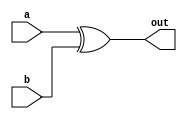
module XORgate (a, b, out);
  input a, b;
  output out;

  xor x1(out, a, b);

  specify
    specparam noninvrise = 1, noninvfall = 2;
    specparam invertrise = 3, invertfall = 4;
    if  (a) (b   => out) = (invertrise, invertfall);
    if  (b) (a   => out) = (invertrise, invertfall);
    if  (~a)(b   => out) = (noninvrise, noninvfall);
    if  (~b)(a   => out) = (noninvrise, noninvfall);
  endspecify
endmodule